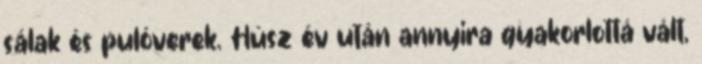
sálak és pulóverek. Húsz év után annyira gyakorlottá vált,